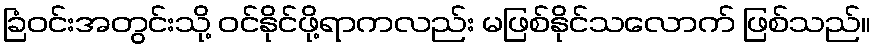
ခြံဝင်းအတွင်းသို့ ဝင်နိုင်ဖို့ရာကလည်း မဖြစ်နိုင်သလောက် ဖြစ်သည်။